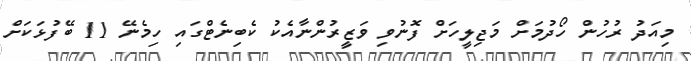
މިއަދު ރުހުން ހޯދުމަށް މަޖިލީހަށް ފޮނުވި ވަޒީރުންނާއެކު ކެބިނެޓްގައި ހިމެނޭ 11 ބޭފުޅަކަށް